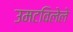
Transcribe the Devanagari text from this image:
उमटविलेले